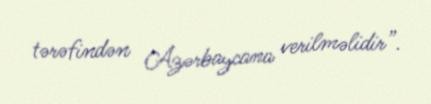
tərəfindən Azərbaycana verilməlidir”.